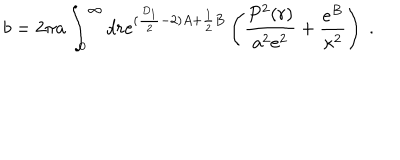
b = 2 \pi a \int _ { 0 } ^ { \infty } d r e ^ { ( \frac { D _ { 1 } } { 2 } - 2 ) A + \frac { 1 } { 2 } B } \left( \frac { P ^ { 2 } ( r ) } { a ^ { 2 } e ^ { 2 } } + \frac { e ^ { B } } { \kappa ^ { 2 } } \right) ~ .